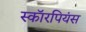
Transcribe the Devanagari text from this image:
स्कॉरपियंस